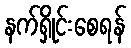
နက်ရှိုင်းစေရန်